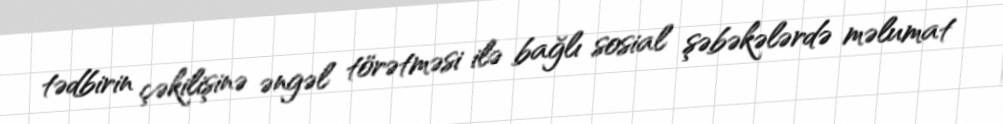
tədbirin çəkilişinə əngəl törətməsi ilə bağlı sosial şəbəkələrdə məlumat